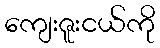
ကျေးဇူးငယ်ကို